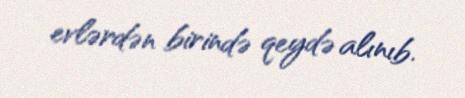
evlərdən birində qeydə alınıb.